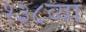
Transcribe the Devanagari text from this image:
१३८व्या